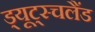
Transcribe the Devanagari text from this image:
ड्यूट्स्चलैंड